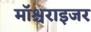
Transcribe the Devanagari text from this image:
मॉश्चराइजर